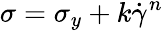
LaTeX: \sigma=\sigma_{y}+k\dot{\gamma}^{n}